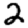
Digit: 2